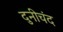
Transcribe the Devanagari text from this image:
दुनीचंद